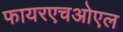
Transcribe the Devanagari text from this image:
फायरएचओएल